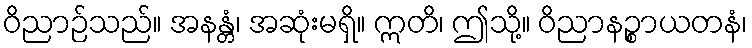
ဝိညာဉ်သည်။ အနန္တံ၊ အဆုံးမရှိ။ ဣတိ၊ ဤသို့။ ဝိညာနဉ္စာယတနံ၊